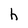
Character: h